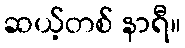
ဆယ့်တစ် နာရီ။